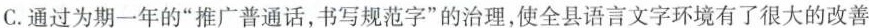
C.通过为期一年的”推广普通话，书写规范字”的治理，使全县语言文字环境有了很大的改善